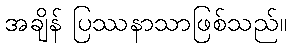
အချိန် ပြဿနာသာဖြစ်သည်။